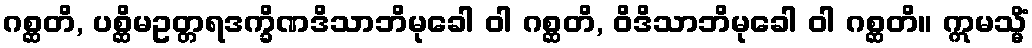
ဂစ္ဆတိ, ပစ္ဆိမဥတ္တရဒက္ခိဏဒိသာဘိမုခေါ ဝါ ဂစ္ဆတိ, ဝိဒိသာဘိမုခေါ ဝါ ဂစ္ဆတိ။ ဣမသ္မိံ